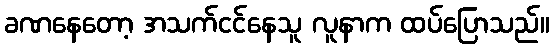
ခဏနေတော့ အသက်ငင်နေသူ လူနာက ထပ်ပြောသည်။